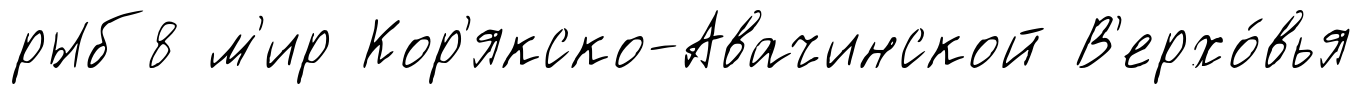
рыб8 м'ир Кор'якско-Авачинской В'ерхо́вья